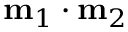
\mathbf { m } _ { 1 } \cdot \mathbf { m } _ { 2 }